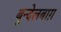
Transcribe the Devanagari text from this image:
बुन्देलबाग़